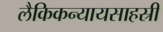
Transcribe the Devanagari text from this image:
लैकिकन्यायसाहस्री